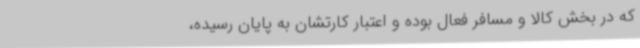
که در بخش کالا و مسافر فعال بوده و اعتبار کارتشان به پایان رسیده،